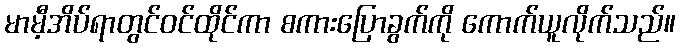
မာမီ့အိပ်ရာတွင်ဝင်ထိုင်ကာ စကားပြောခွက်ကို ကောက်ယူလိုက်သည်။